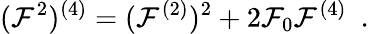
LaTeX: (\mathcal{F}^{2})^{(4)}=(\mathcal{F}^{(2)})^{2}+2\mathcal{F}_{0}\mathcal{F}^{(4)}\ \ .